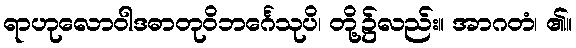
ရာဟုလောဝါဒဓာတုဝိဘင်္ဂေသုပိ၊ တို့၌လည်း။ အာဂတံ၊ ၏။